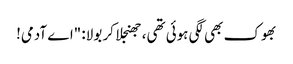
بھوک بھی لگی ہوئی تھی، جھنجلا کر بولا: "اے آدمی!